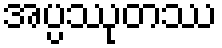
အပ္ပဿုတဿ